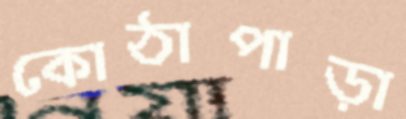
কোঠাপাড়া